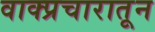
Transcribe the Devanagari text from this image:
वाक्प्रचारातून